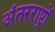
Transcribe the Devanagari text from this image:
अंतरराष्ट्रों